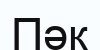
Пәк